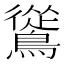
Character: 䳷